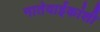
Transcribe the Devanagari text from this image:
नातेवाईकांशी